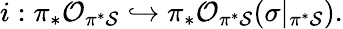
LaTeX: i:\pi_{*}{\cal O}_{\pi^{*}{\cal S}}\hookrightarrow\pi_{*}{\cal O}_{\pi^{*}{\cal S}}(\sigma|_{\pi^{*}{\cal S}}).